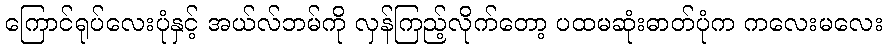
ကြောင်ရုပ်လေးပုံနှင့် အယ်လ်ဘမ်ကို လှန်ကြည့်လိုက်တော့ ပထမဆုံးဓာတ်ပုံက ကလေးမလေး